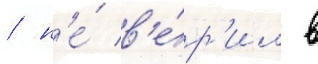
/ н'е́ в'е́р'ил в